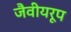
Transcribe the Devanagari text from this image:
जैवीयरूप